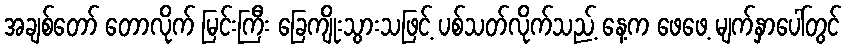
အချစ်တော် တောလိုက် မြင်းကြီး ခြေကျိုးသွားသဖြင့် ပစ်သတ်လိုက်သည့် နေ့က ဖေဖေ့ မျက်နှာပေါ်တွင်